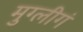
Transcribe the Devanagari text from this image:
मुग्लीगं